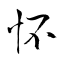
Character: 怀